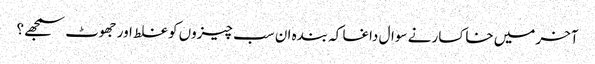
آخر میں خاکسار نے سوال داغا کہ بندہ ان سب چیزوں کو غلط اور جھوٹ سمجھے؟